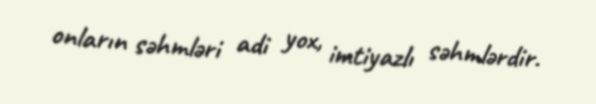
onların səhmləri adi yox, imtiyazlı səhmlərdir.